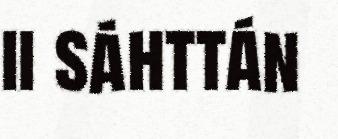
ii sáhttán